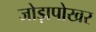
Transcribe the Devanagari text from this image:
जोड़ापोखर